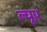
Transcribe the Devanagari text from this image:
ल्यूप